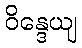
ဝိန္ဒေယျ